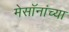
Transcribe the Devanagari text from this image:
मेसॉनांच्या